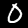
Digit: 0